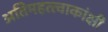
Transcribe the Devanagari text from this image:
अतिमहत्त्वाकांक्षी